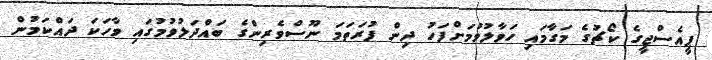
ޕީއެސްޖީގެ ކޯޗުގެ މަގާމައި ހަވާލުވުމަށްފަހު ދިން ފުރަތަމަ ނޫސްވެރިންގެ ބައްދަލުވުމުގައި ވާހަކަ ދައްކަމުން